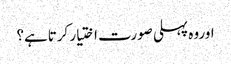
اوروہ پہلی صورت اختیار کرتاہے؟